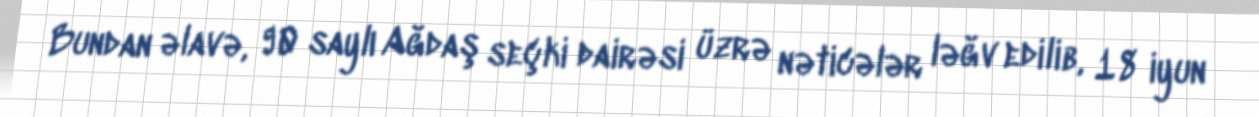
Bundan əlavə, 90 saylı Ağdaş seçki dairəsi üzrə nəticələr ləğv edilib, 18 iyun